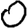
Digit: 0